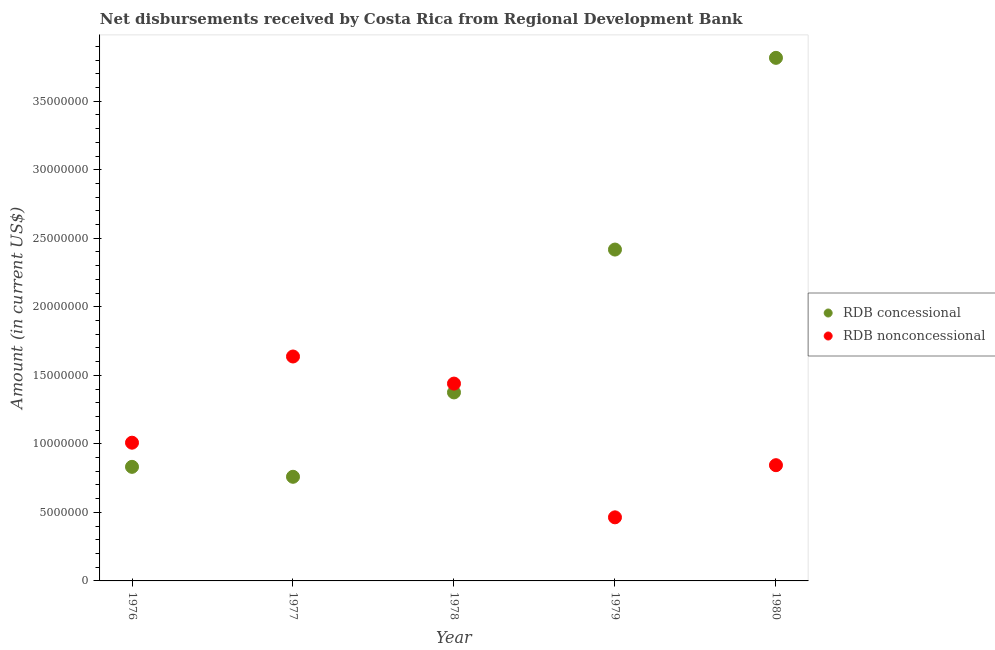
| Year | RDB concessional | RDB nonconcessional |
 | --- | --- | --- |
 | 1976 | 8.32e+06 | 1.01e+07 |
 | 1977 | 7.6e+06 | 1.64e+07 |
 | 1978 | 1.38e+07 | 1.44e+07 |
 | 1979 | 2.42e+07 | 4.64e+06 |
 | 1980 | 3.82e+07 | 8.44e+06 |